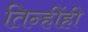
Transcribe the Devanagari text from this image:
तिन्हींही